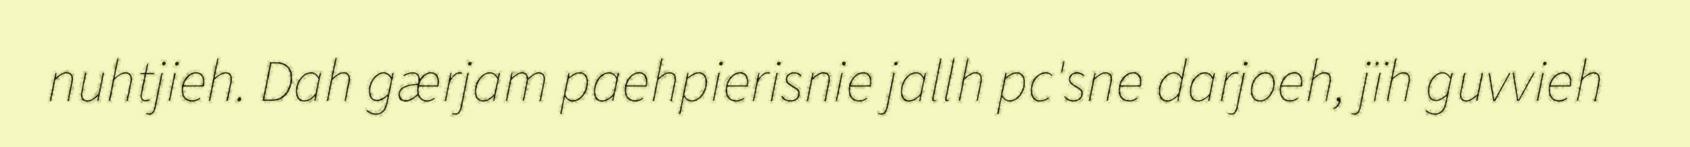
nuhtjieh. Dah gærjam paehpierisnie jallh pc'sne darjoeh, jïh guvvieh